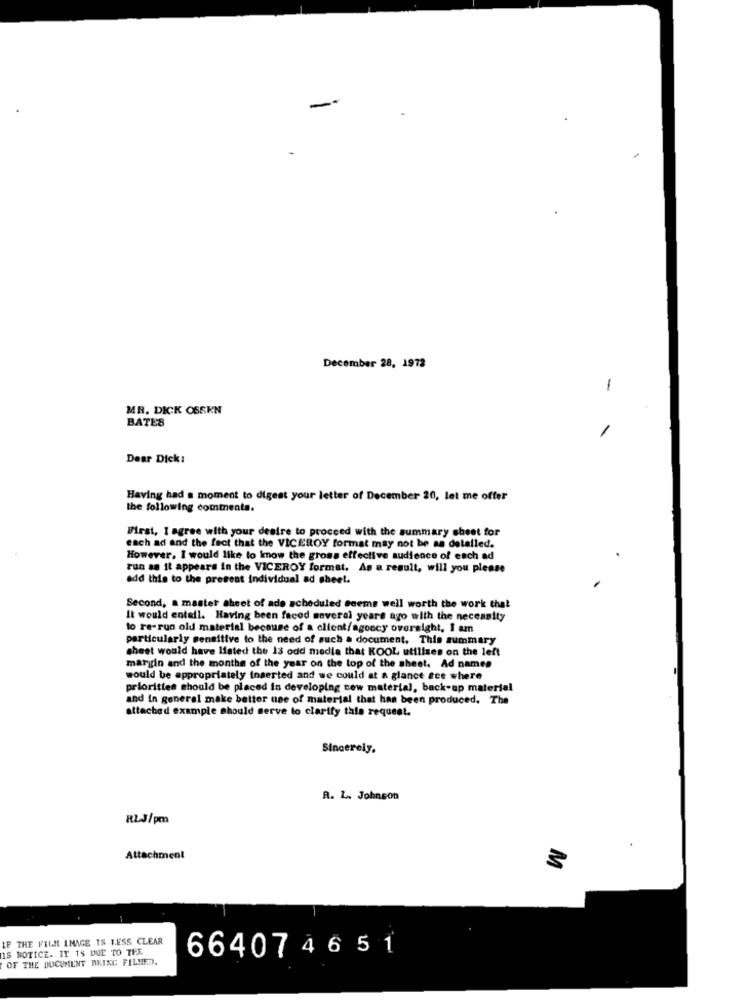
-
December 28, 1972
1
MR. DICK OSSEN
BATES
Dear Dick:
Having had a moment to digest your letter of December 20, let me offer
the following comments.
First, I agree with your desire to proceed with the summary sheet for
each ad and the fact that the VICEROY format may not be as detailed.
However, I would like to know the gross effective audience of each ad
run as it appears in the VICEROY formet, As a result, will you please
add this to the present individual ad sheet.
Second, a master sheet of ade scheduled Seems well worth the work that
It would entail. Having been faced several years ago with the necessity
to re-run old material because of a client/agoocy oversight, I am
particularly sensitive to the need of such a document. This summary
sheet would have listed the 13 odd media that KOOL utilises on the left
margin and the months of the year on the top of the sheet. Ad names
would be appropriately inserted and we could at a glance see where
priorities should be placed in developing new material, back-up material
and in general make better use of material that has been produced. The
attached example should serve to clarify this request.
Sincerely.
R. L. Johnson
RL-J/pm
Attachment
3
IF THE FILM INAGE IS LESS CLEAR
IS NOTICE. IT IS DUE TO THE
66407 4 6 5 1
OF THE DOCUMENT BEING FILMED.